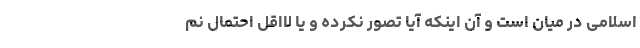
اسلامی در میان است و آن اینکه آیا تصور نکرده و یا لااقل احتمال نم